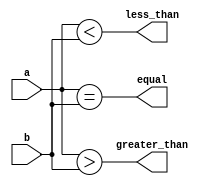
module magnitude_comparator (
    input [3:0] a,
    input [3:0] b,
    output equal,
    output less_than,
    output greater_than
);

assign equal = (a == b);
assign less_than = (a < b);
assign greater_than = (a > b);

endmodule